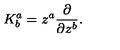
K _ { b } ^ { a } = z ^ { a } { \frac { \partial } { \partial z ^ { b } } } .